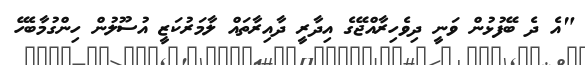
"އެ ދެ ބޭފުޅުން ވަނީ ދިވެހިރާއްޖޭގެ އިދާރީ ދާއިރާތައް ލާމަރުކަޒީ އުސޫލުން ހިންގުމާބެހޭ